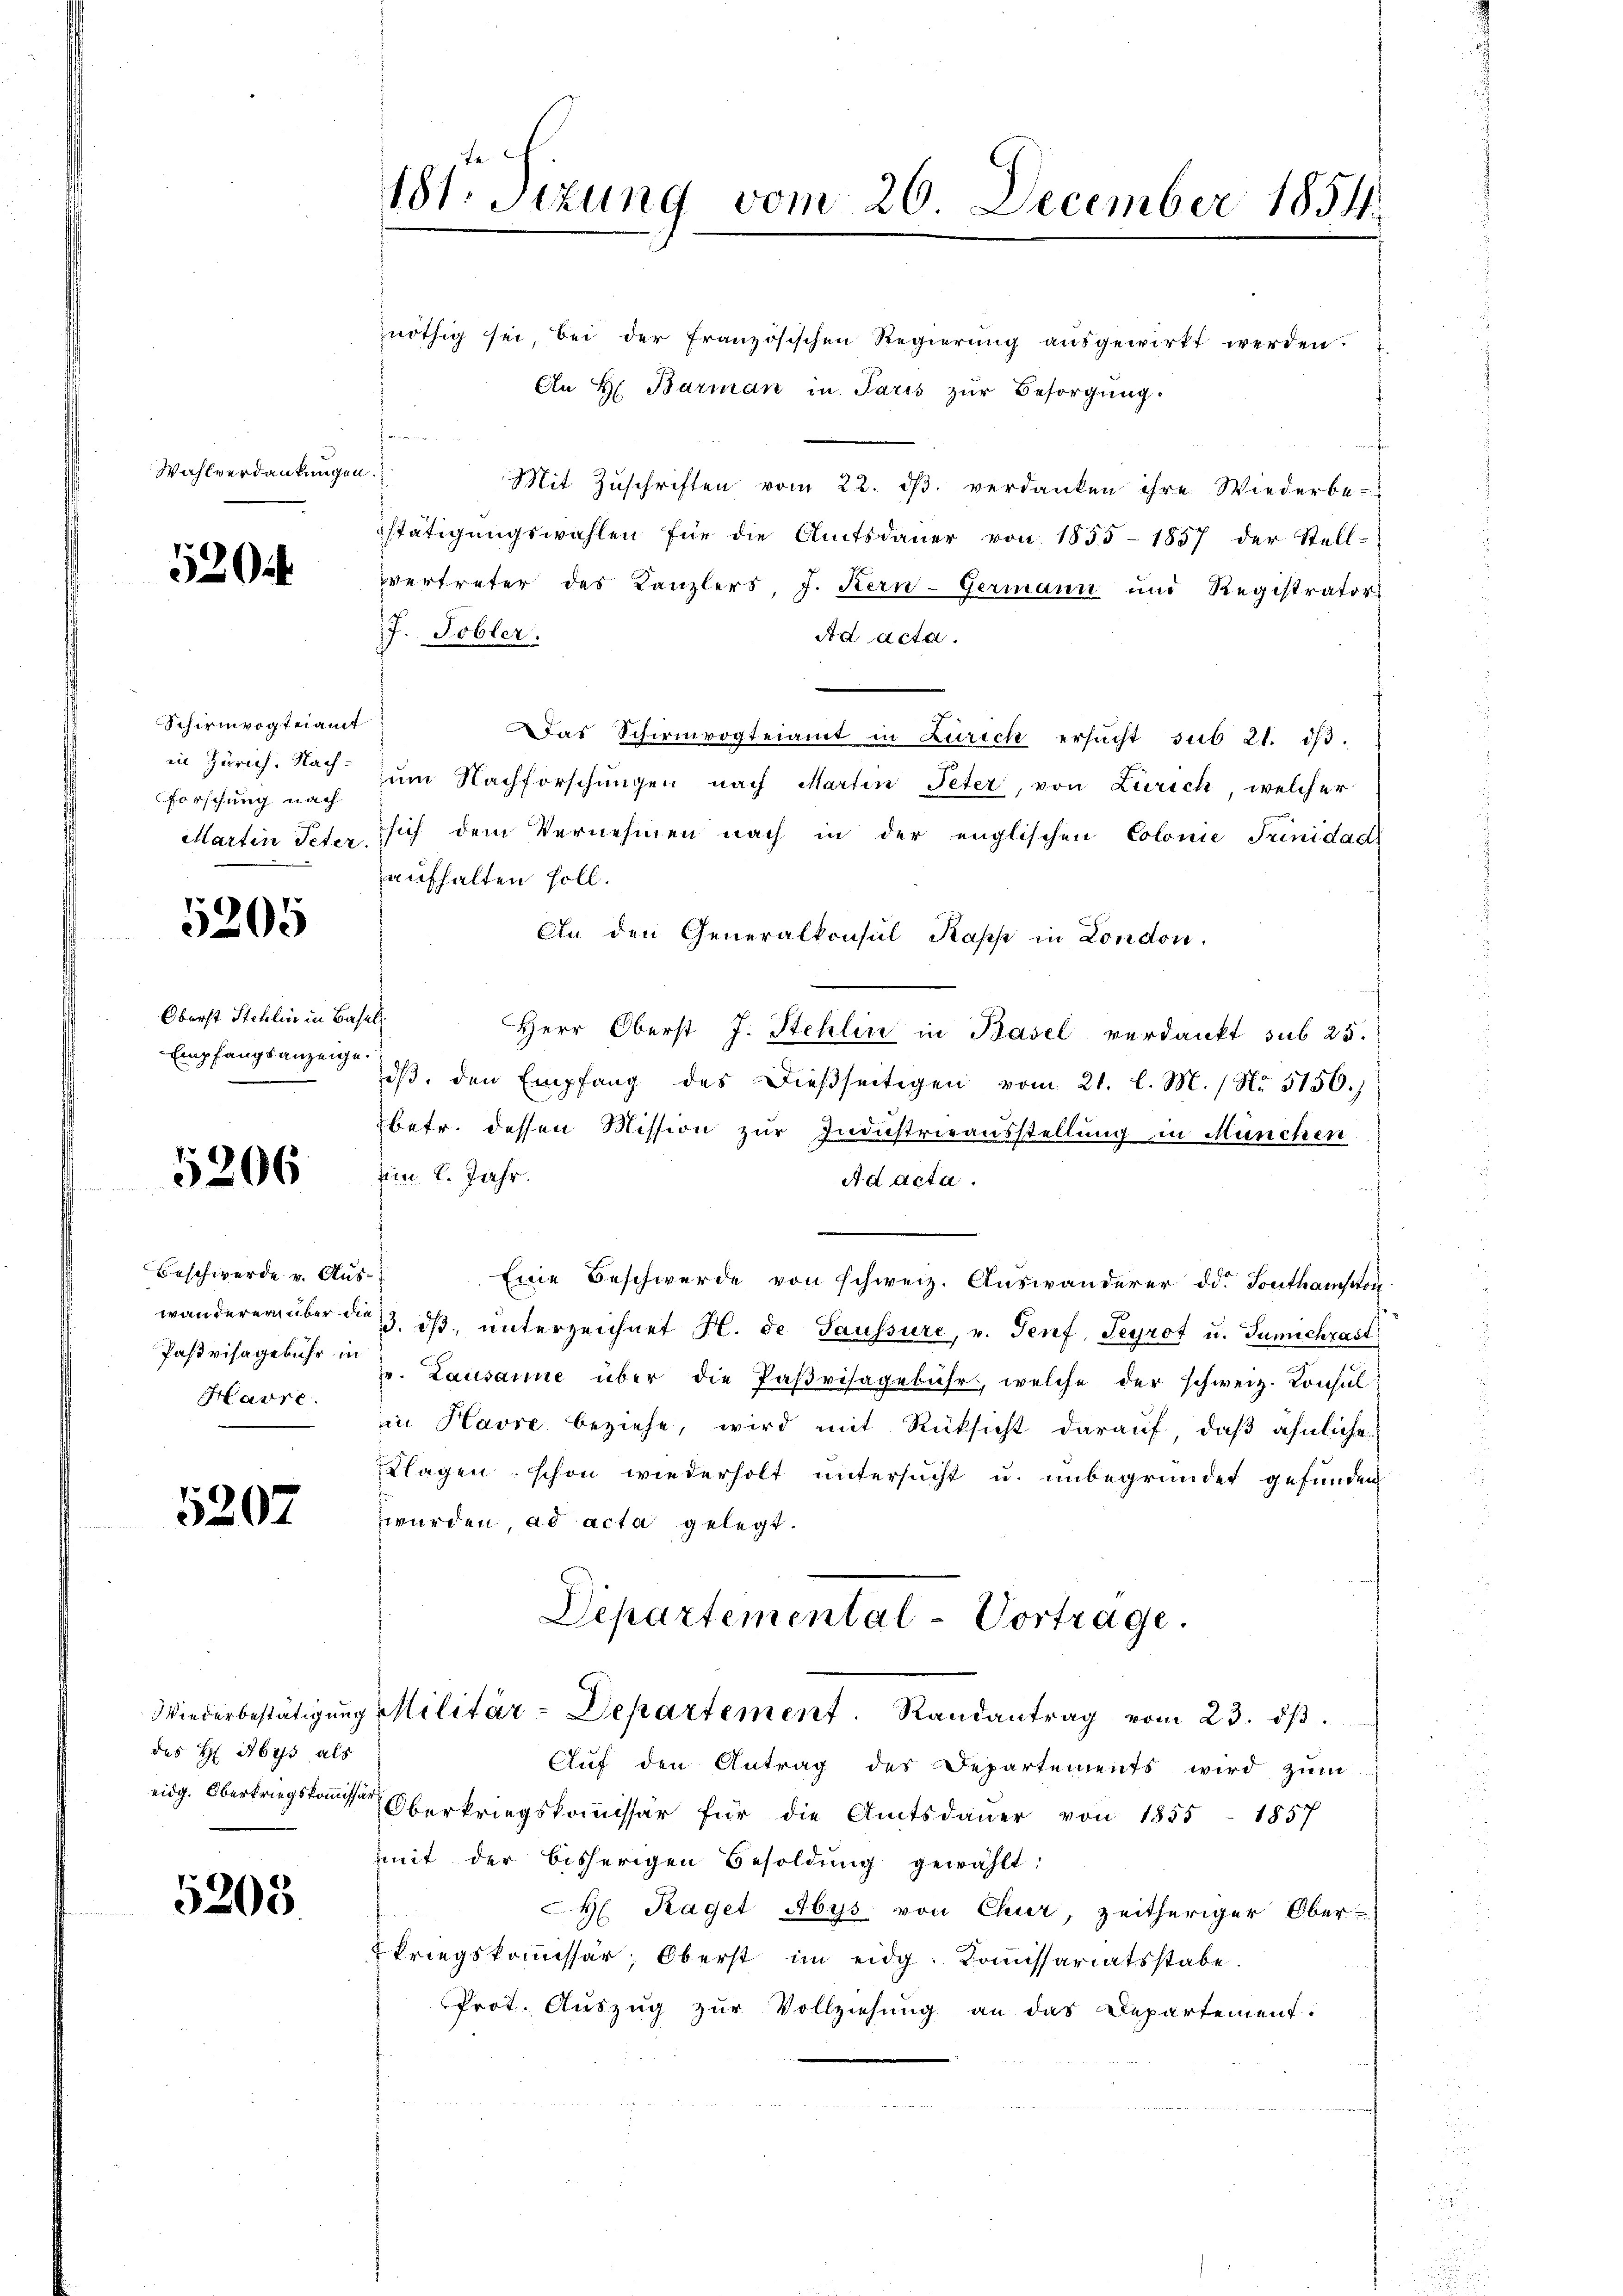
Wahlverdankungen.

520

Schirmvogteiamt
in Zürich. Nachforschung nach
Martin Peter.

5205

Oberst Stehlin in Base
Empfangsanzeige.

5206

Beschwerde v. Aus
wanderern über die
Pasvisagebühr in
Harre

5207

des H Abyss als

5208.

181. Sizung vom 26. December 1854.

nöthig sei, bei der Französischen Regierung ausgewirkt werden.
An H. Barman in Paris zŭr Besorgŭng.
Mit Zuschriften vom 22. dβ. verdanken ihre Wiederbe-
stätigungswahlen für die Amtsdaŭer von 1855-1857 der Stell-
vvertreter des Kanzlers, J. Kern-Germann und Registrators
J. Tobler.
Ad acta.
Das Schirmvogteiamt in Zürich ersŭcht sub 21. dβ.
um Nachforschungen nach Martin Peter, von Zürich, welcher
sich dem Vernehmen nach in der englischen Colonie Junidad
aufhalten soll.
An den Generalkonsul Kappe in London.
.
Herr Oberst J. Stehlin in Basel verdankt sub 25.
dβ. den Empfang des dießseitigen vom 21. l. M. / No 5150.
betr. dessen Mission zur Industrieausstellung in München
amn l. Jahr.
Ad acta.
s
Eine Beschwerde von schweiz. Auswanderer die Southampton
3. dβ, ŭnterzeichnet H. de Saussure, u. Senf, Seyrot u. Tumichrast
z. Lausanne über die Paβvisagebühr, welche der schweiz. Konsul
in Havre beziehe, wird mit Rücksicht darauf, daß ähnliche
Klagen schon wiederholt untersucht u. unbegründet gefunden
wurden, ad acta gelegt.
Departemental-Vortrage.
Wiederbestätigŭng Militär-Departement. Randantrag vom 23. dβ.
Aŭf den Antrag des Departements wird zŭm
eidg. Oberkriegsausser Oberkriegskommissär für die Amtsdaŭer von 1855 - 1857
mit der bisherigen Besoldŭng gewählt:
H Kaget Abys von Chur, zeitheriger Ober-
kriegskommissär, Oberst im eidg. Kommissariatsstabe.
Prot. Aŭszŭg zŭr Vollziehung an das Departement.